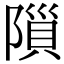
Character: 𨻨